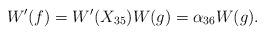
LaTeX: \begin{align*} W'(f) = W'(X_{35}) W(g) = \alpha_{36} W(g). \end{align*}